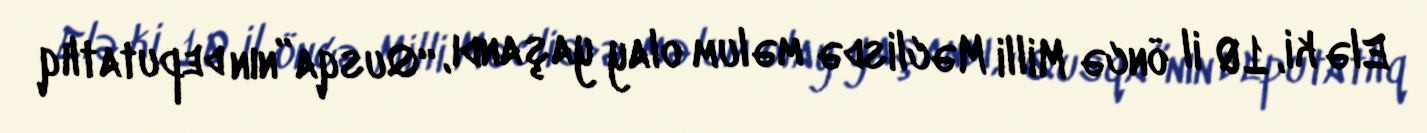
Elə ki, 10 il öncə Milli Məclisdə məlum olay yaşandı, “Qusqa”nın deputatlıq